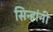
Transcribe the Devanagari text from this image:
सिन्हांनी